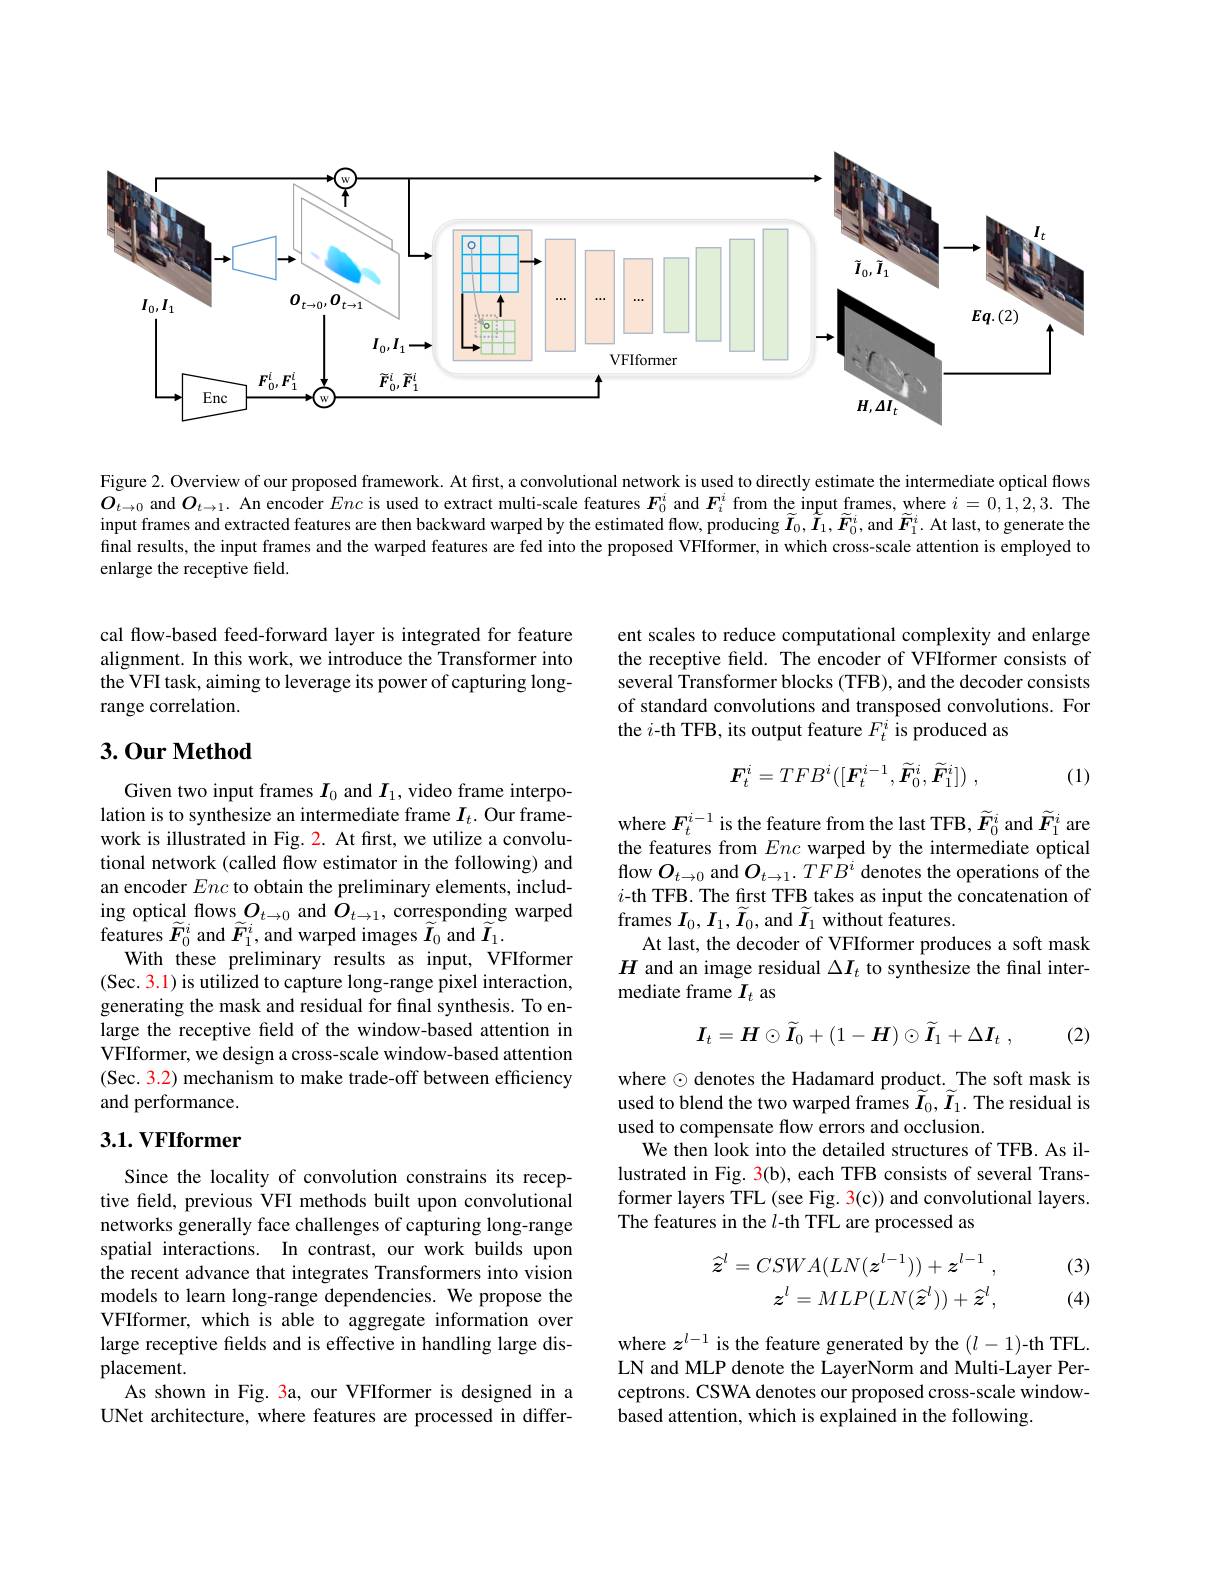
<FigureHere>

Figure 2. Overview of our proposed framework. At first, a convolutional network is used to directly estimate the intermediate optical flows $O_{t\to0}$ and $O_t\to1.$ An encoder Enc is used to extract multi-scale features $F_0^i$ and $F_i^i$ from the input frames, where $i=0,1,2,3.$ The input frames and extracted features are then backward warped by the estimated flow, producing $\widetilde{I}_0,\widetilde{I}_1,\widetilde{F}_0^i$,and $\widetilde{F}_1^i.$ At last, to generate the final results, the input frames and the warped features are fed into the proposed VFIformer, in which cross-scale attention is employed to enlarge the receptive field.

cal flow-based feed-forward layer is integrated for feature alignment. In this work, we introduce the Transformer into the VFI task, aiming to leverage its power of capturing longrange correlation.

ent scales to reduce computational complexity and enlarge the receptive feld. The encoder of VFIformer consists of several Transformer blocks (TFB), and the decoder consists of standard convolutions and transposed convolutions. For the $i$-th TFB, its output feature $F_t^i$ is produced as

## 3.0ur Method
$$\boldsymbol{F}_t^i=TFB^i([\boldsymbol{F}_t^{i-1},\widetilde{\boldsymbol{F}}_0^i,\widetilde{\boldsymbol{F}}_1^i])\:,$$
(1)

where $F_{t}^{i-1}$ is the feature from the last TFB, $\widetilde{F}_{0}^{i}$ and $\widetilde{F}_{1}^{i}$ are the features from Enc warped by the intermediate optical flow $O_{t\to0}$ and $O_{t\to1}.TF\hat{B}^i$ denotes the operations of the $i$-th TFB. The frst TFB takes as input the concatenation of frames $I_0,I_1,\widetilde{I}_0$, and $\widetilde{I}_1$ without features.
At last, the decoder of VFIformer produces a soft mask $H$ and an image residual $\Delta I_t$ to synthesize the final intermediate frame $I_t$ as

Given two input frames $I_0$ and $I_1$, video frame interpolation is to synthesize an intermediate frame $I_t.$ Our framework is illustrated in Fig. 2. At first, we utilize a convolutional network (called flow estimator in the following) and an encoder Enc to obtain the preliminary elements, including optical flows $O_{t\to0}$ and $O_{t\to1}$, corresponding warped features $\widetilde{F}_{0}^{i}$ and $\widetilde{F}_{1}^{i}$, and warped images $\widetilde{I}_{0}$ and $\widetilde{I}_{1}.$
With these preliminary results as input, VFIformer (Sec. 3.1) is utilized to capture long-range pixel interaction, generating the mask and residual for final synthesis. To enlarge the receptive field of the window-based attention in VFIformer, we design a cross-scale window-based attention (Sec. 3.2) mechanism to make trade-off between efficiency and performance.
$$\boldsymbol{I}_t=\boldsymbol{H}\odot\widetilde{\boldsymbol{I}}_0+(1-\boldsymbol{H})\odot\widetilde{\boldsymbol{I}}_1+\Delta\boldsymbol{I}_t\:,$$
(2)

### $3. 1. \textbf{VFIformer}$

where $\odot$ denotes the Hadamard product. The soft mask is used to blend the two warped frames $\widetilde{I}_{0},\widetilde{I}_{1}.$ The residual is used to compensate flow errors and occlusion.
We then look into the detailed structures of TFB. As illustrated in Fig. 3(b), each TFB consists of several Transformer layers TFL (see Fig. 3(c)) and convolutional layers. The features in the $l$-th TFL are processed as

(3)
$$\widehat{z}^{l}=CSWA(LN(z^{l-1}))+z^{l-1}\:,\\z^{l}=MLP(LN(\widehat{z}^{l}))+\widehat{z}^{l},$$
(4)

Since the locality of convolution constrains its receptive field, previous VFI methods built upon convolutional networks generally face challenges of capturing long-range spatial interactions. In contrast, our work builds upon the recent advance that integrates Transformers into vision models to learn long-range dependencies. We propose the VFIformer, which is able to aggregate information over large receptive felds and is effective in handling large displacement.
As shown in Fig. 3a, our VFIformer is designed in a UNet architecture, where features are processed in differ-

where $z^l-1$ is the feature generated by the $(l-1)$-th TFL. LN and MLP denote the LayerNorm and Multi-Layer Perceptrons. CSWA denotes our proposed cross-scale window- $\hat{\text{based attention, which is explained in the following.}}$